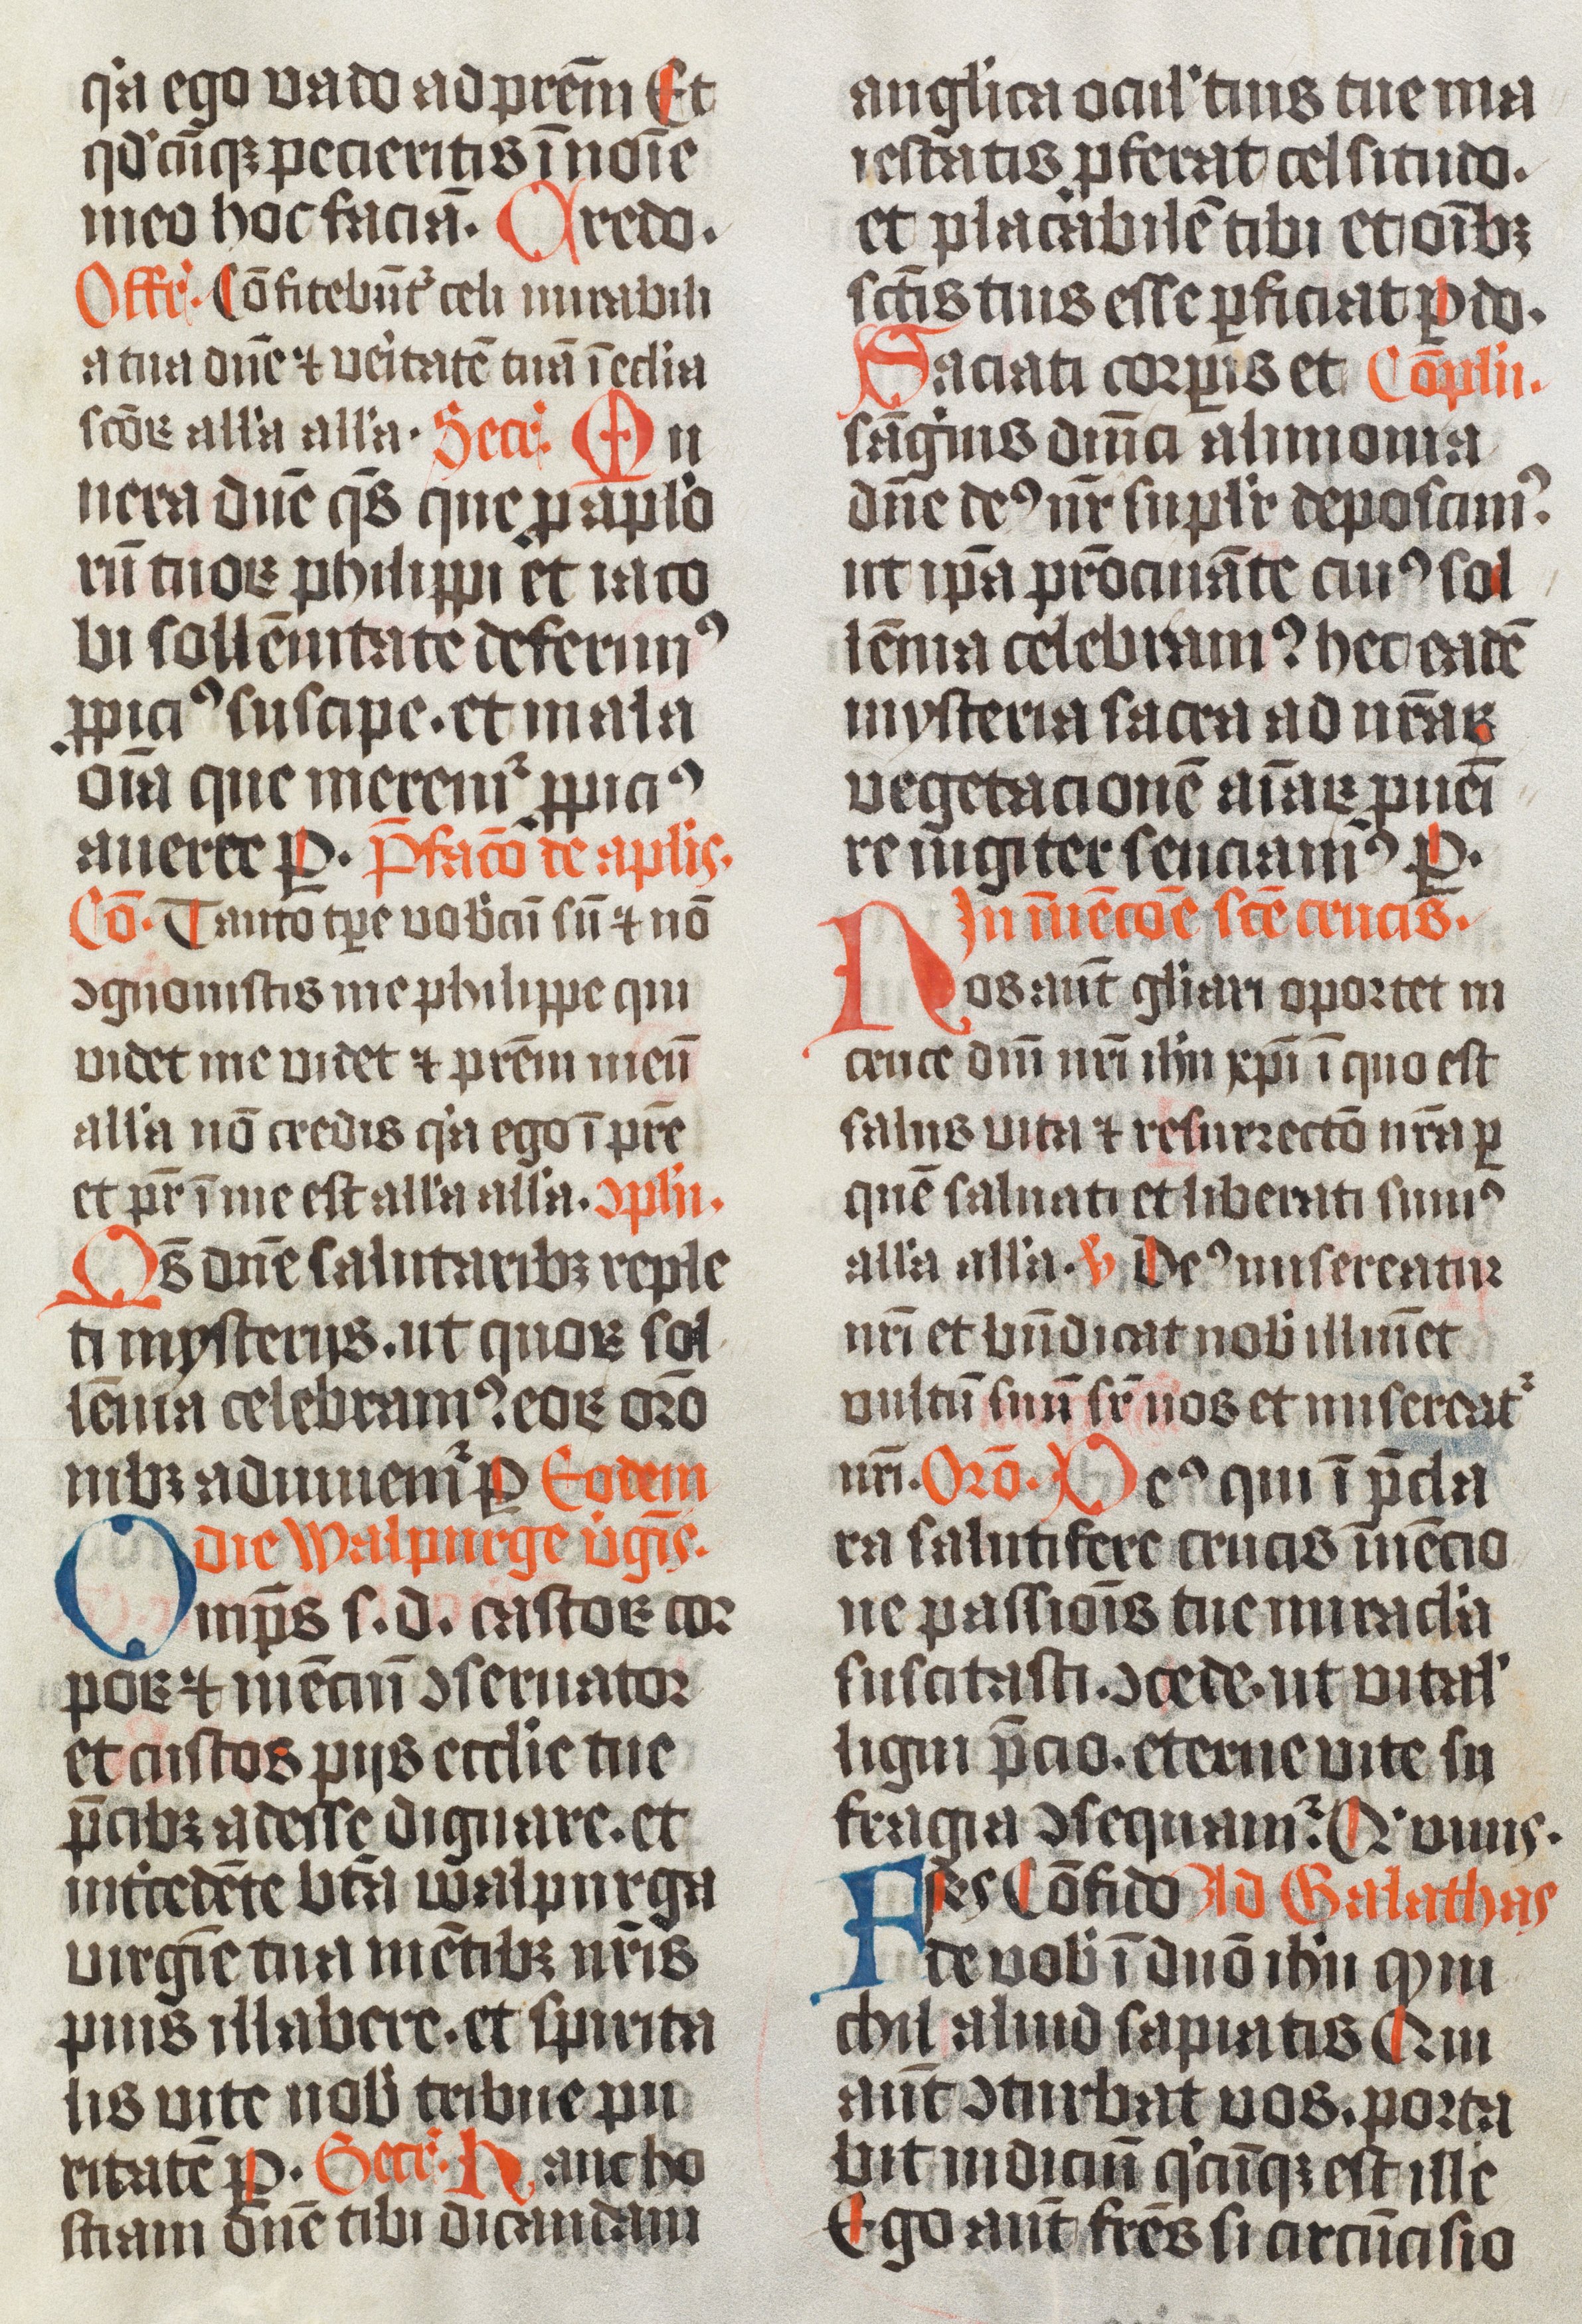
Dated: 1474–1476